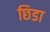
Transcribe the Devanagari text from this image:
छिडा